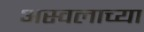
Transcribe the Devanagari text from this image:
अस्वलाच्या